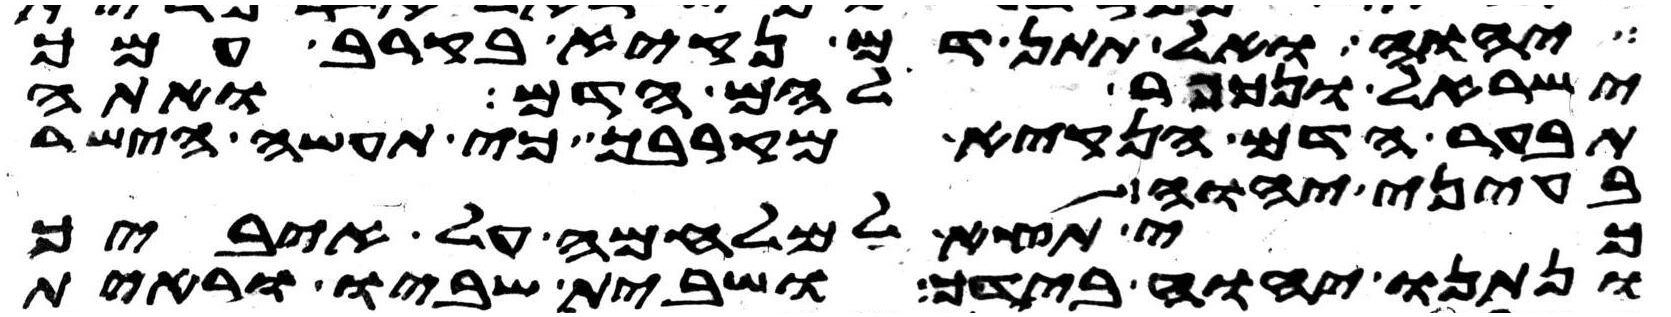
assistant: יהוה ואל תתן דם נקיא בקרב עמך
ישראל ונכפר להם הדם ואתה
תבער הדם הנקיא מקרבך כי תעשה הישר
בעיני יהוה
כי תצא למלחמה על איביך
ונתנו יהוה אלהיך בידך ושבית שביו וראית